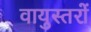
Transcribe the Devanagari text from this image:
वायुस्तरों